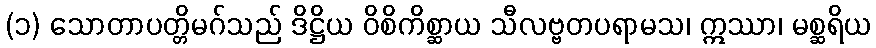
(၁) သောတာပတ္တိမဂ်သည် ဒိဋ္ဌိယ ဝိစိကိစ္ဆာယ သီလဗ္ဗတပရာမသ၊ ဣဿာ၊ မစ္ဆရိယ